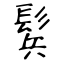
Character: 鬂